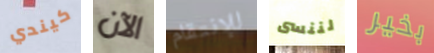
كيندي الآن للإنتقام لننسى بخير